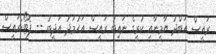
ރައީސް އަބްދު ޔާމީނާއި ކުރީގެ ނައިބު ރައީސް އަހުމަދު އަދީބު -- ފޮޓޯ:ރައީސް